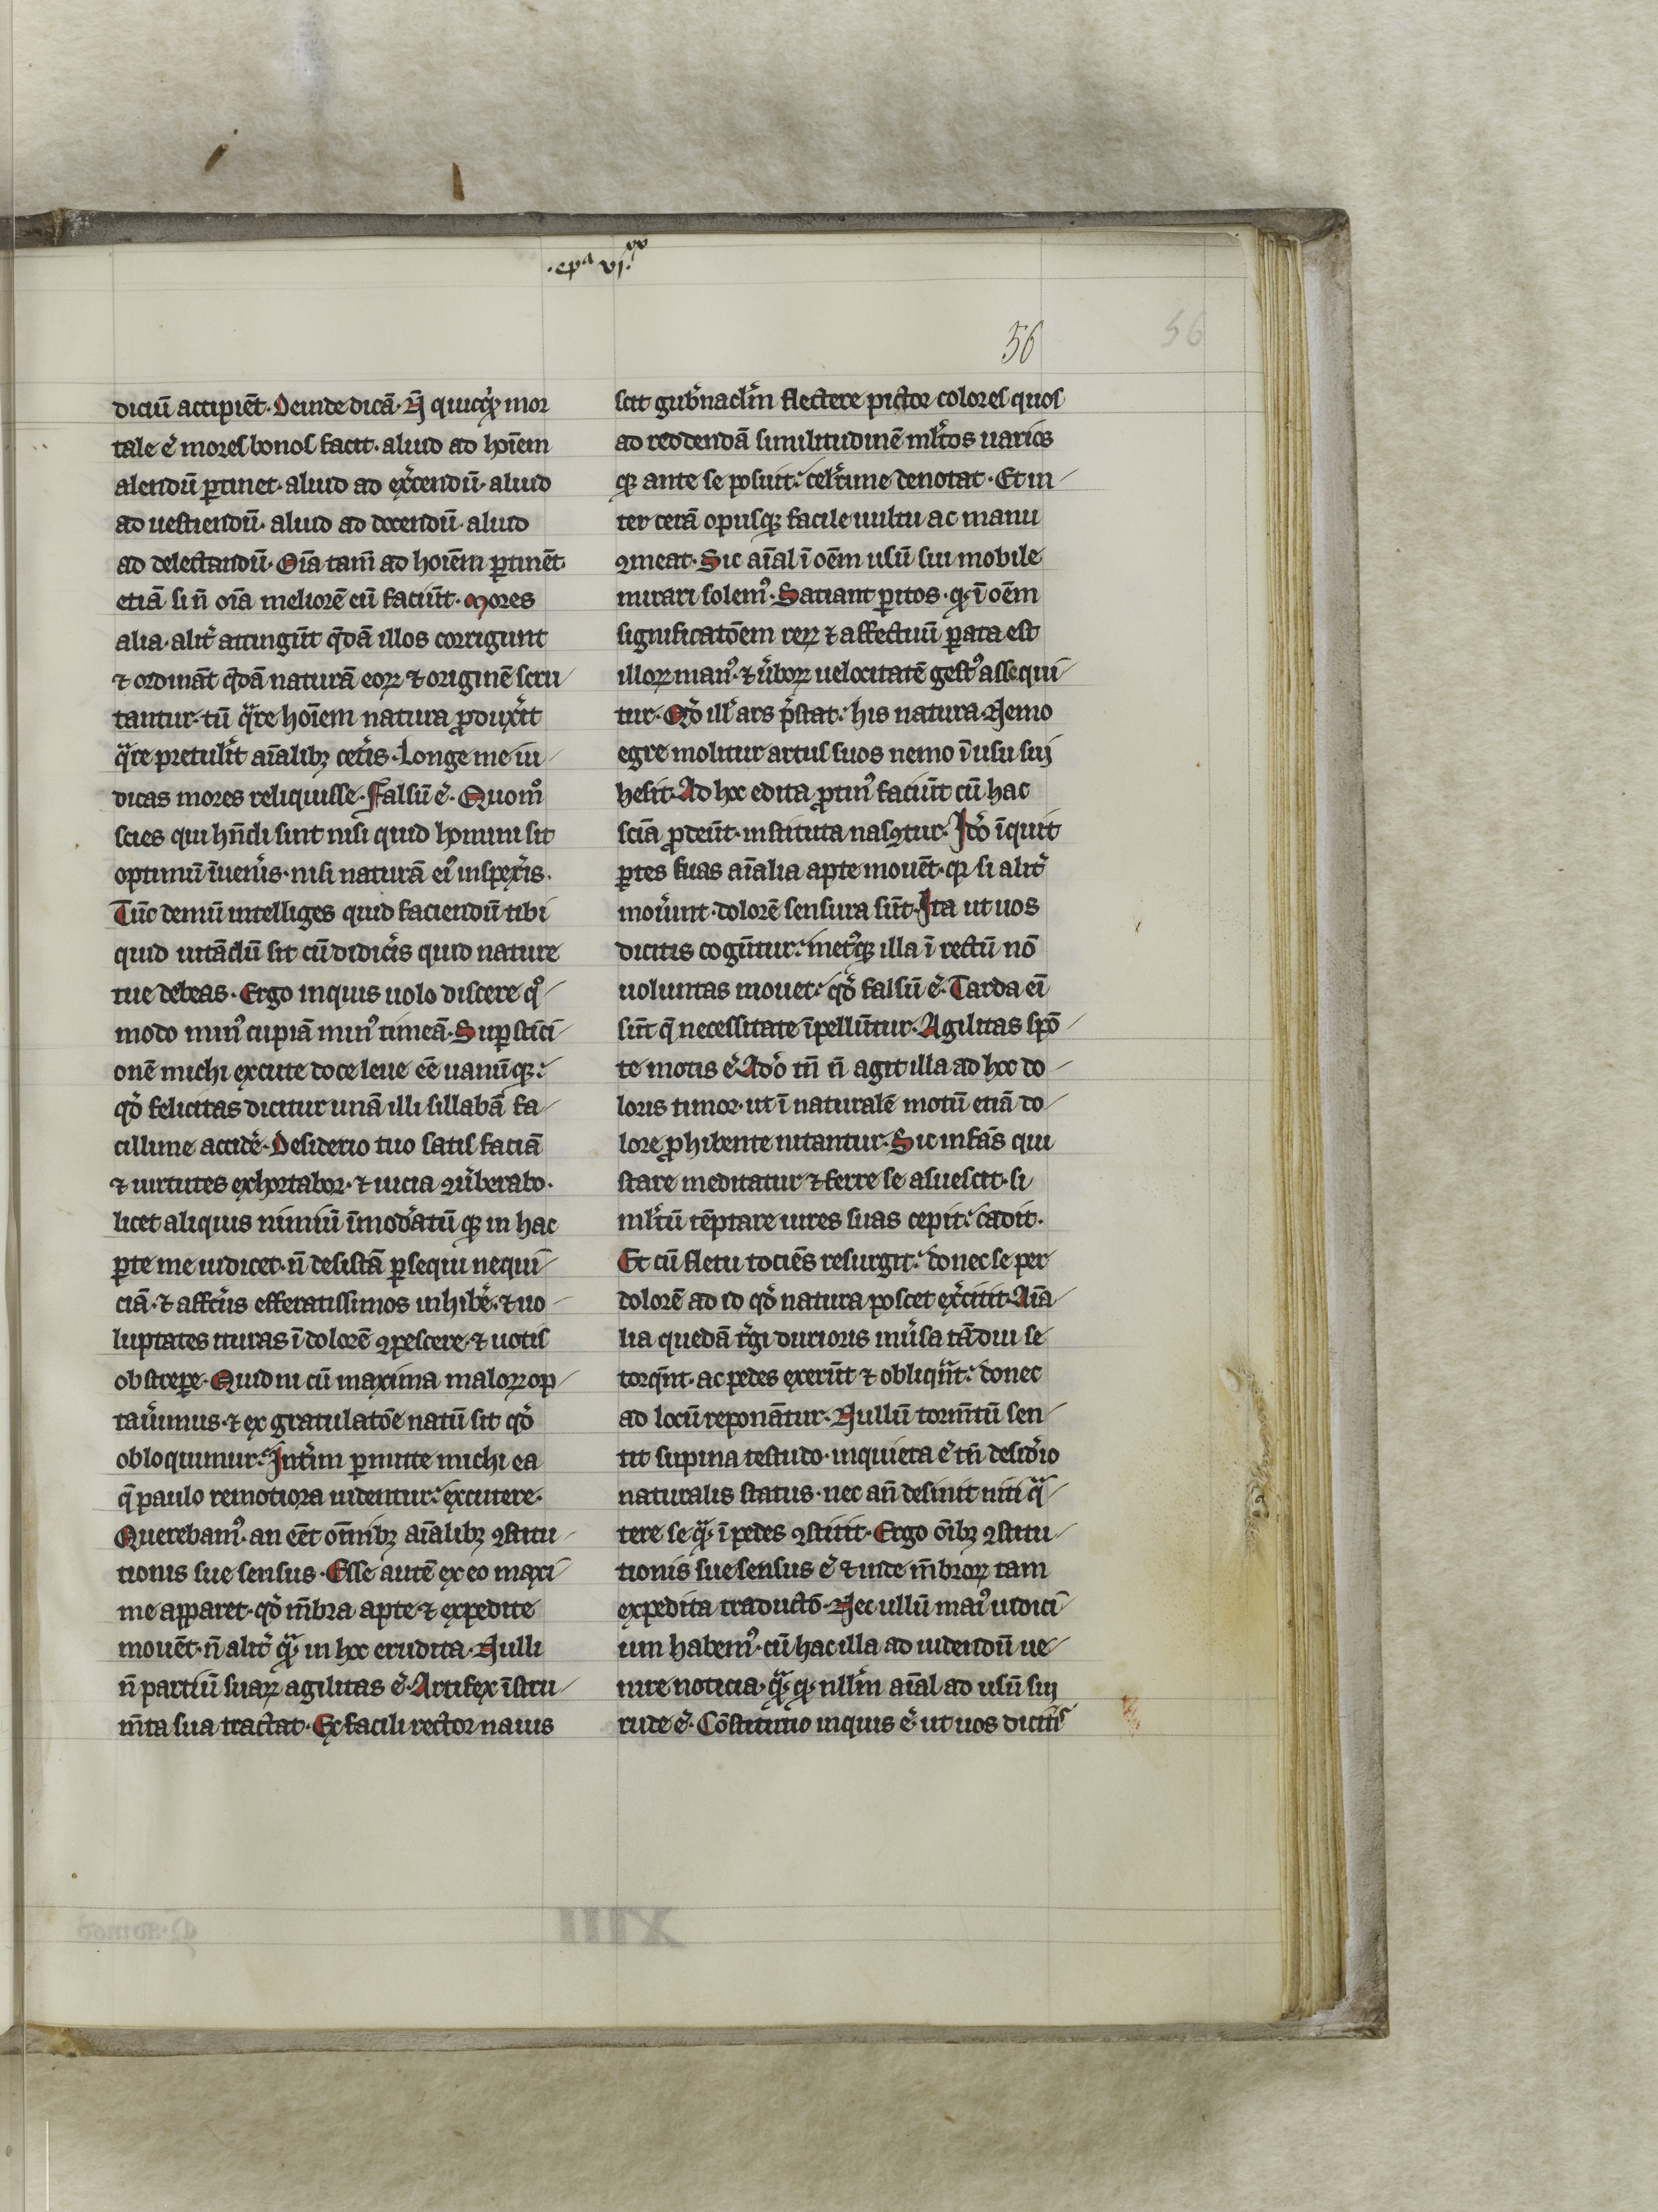
Shelfmark: Arras, Médiathèque de l'Abbaye Saint-Vaast - 315  (CGM 861)
Century: 14